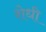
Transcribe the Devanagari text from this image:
शेधी